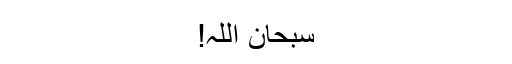
سبحان اللہ!